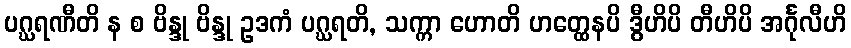
ပဂ္ဃရဏီတိ န စ ဗိန္ဒု ဗိန္ဒု ဥဒကံ ပဂ္ဃရတိ, သက္ကာ ဟောတိ ဟတ္ထေနပိ ဒွီဟိပိ တီဟိပိ အင်္ဂုလီဟိ